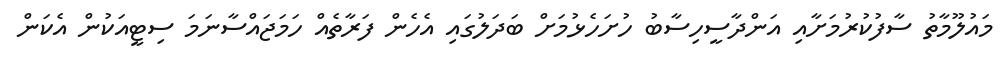
މައުލޫމާތު ސާފުކުރުމަށާއި އަންދާސީހިސާބު ހުށަހެޅުމަށް ބަދަލުގައި އެހެން ފަރާތެއް ހަމަޖައްސާނަމަ ސިޓީއަކުން އެކަން